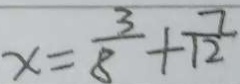
x = \frac { 3 } { 8 } + \frac { 7 } { 1 2 }